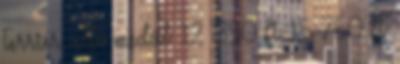
Terrier álló medál 12 850 Ft 15 750 Ft